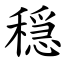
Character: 穏